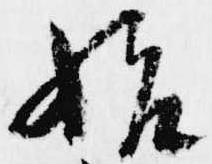
始